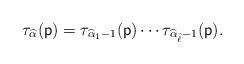
LaTeX: \begin{align*}\tau_{\widehat{\alpha}}(\mathsf{p})=\tau_{\widehat{\alpha}_1-1}(\mathsf{p})\cdots\tau_{\widehat{\alpha}_{\hat{\ell}}-1}(\mathsf{p}).\end{align*}